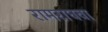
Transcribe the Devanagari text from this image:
रामराघवा